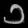
Digit: ၁